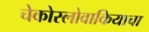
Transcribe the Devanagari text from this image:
चेकोस्लोवाकियाचा